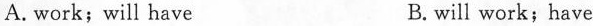
A. work; will have B. will work; have